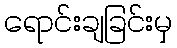
ရောင်းချခြင်းမှ